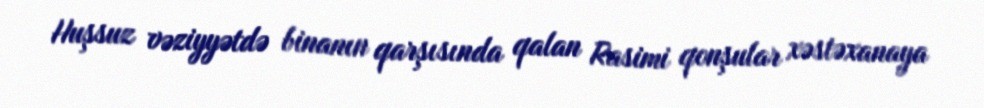
Huşsuz vəziyyətdə binanın qarşısında qalan Rasimi qonşular xəstəxanaya